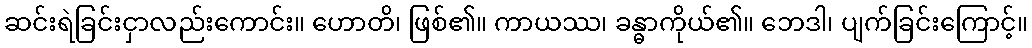
ဆင်းရဲခြင်းငှာလည်းကောင်း။ ဟောတိ၊ ဖြစ်၏။ ကာယဿ၊ ခန္ဓာကိုယ်၏။ ဘေဒါ၊ ပျက်ခြင်းကြောင့်။